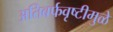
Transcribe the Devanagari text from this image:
अतिबर्फवृष्टीमुळे